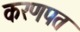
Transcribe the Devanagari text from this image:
करणपत